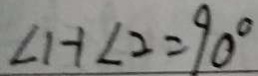
\angle H \angle 2 = 9 0 ^ { \circ }